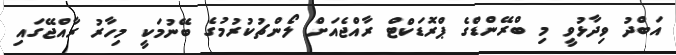
އަބްދު ވިދާޅުވީ މި ބްރޭންޑްގެ ޕްރޮޑަކްޓް ރާއްޖެއަށް ލޯންޗުކުރުމުގެ ބޭނުމަކީ މިހާރު ރާއްޖޭގައި